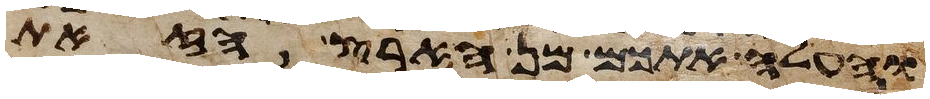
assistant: והעלה אתכם מן הארץ הזאת